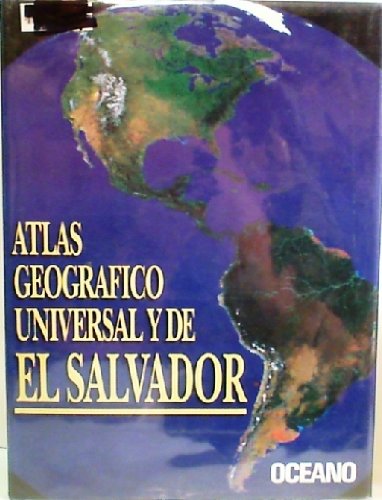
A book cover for Atlas Geogrofico Universal y de el Salvador / Geographic Atlas of El Salvador and the World (Universal and Latin American National Atlases) (Spanish Edition); Travel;